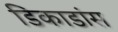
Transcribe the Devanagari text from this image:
डिकाडांस